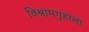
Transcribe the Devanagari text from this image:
विश्रामगृहाला